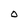
Character: O